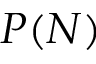
P ( N )